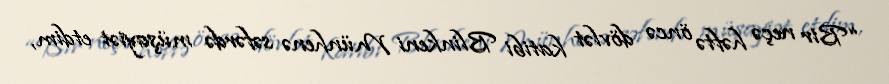
“Bir neçə həftə öncə dövlət katibi Blinkeni Münhenə səfərdə müşayiət etdim,